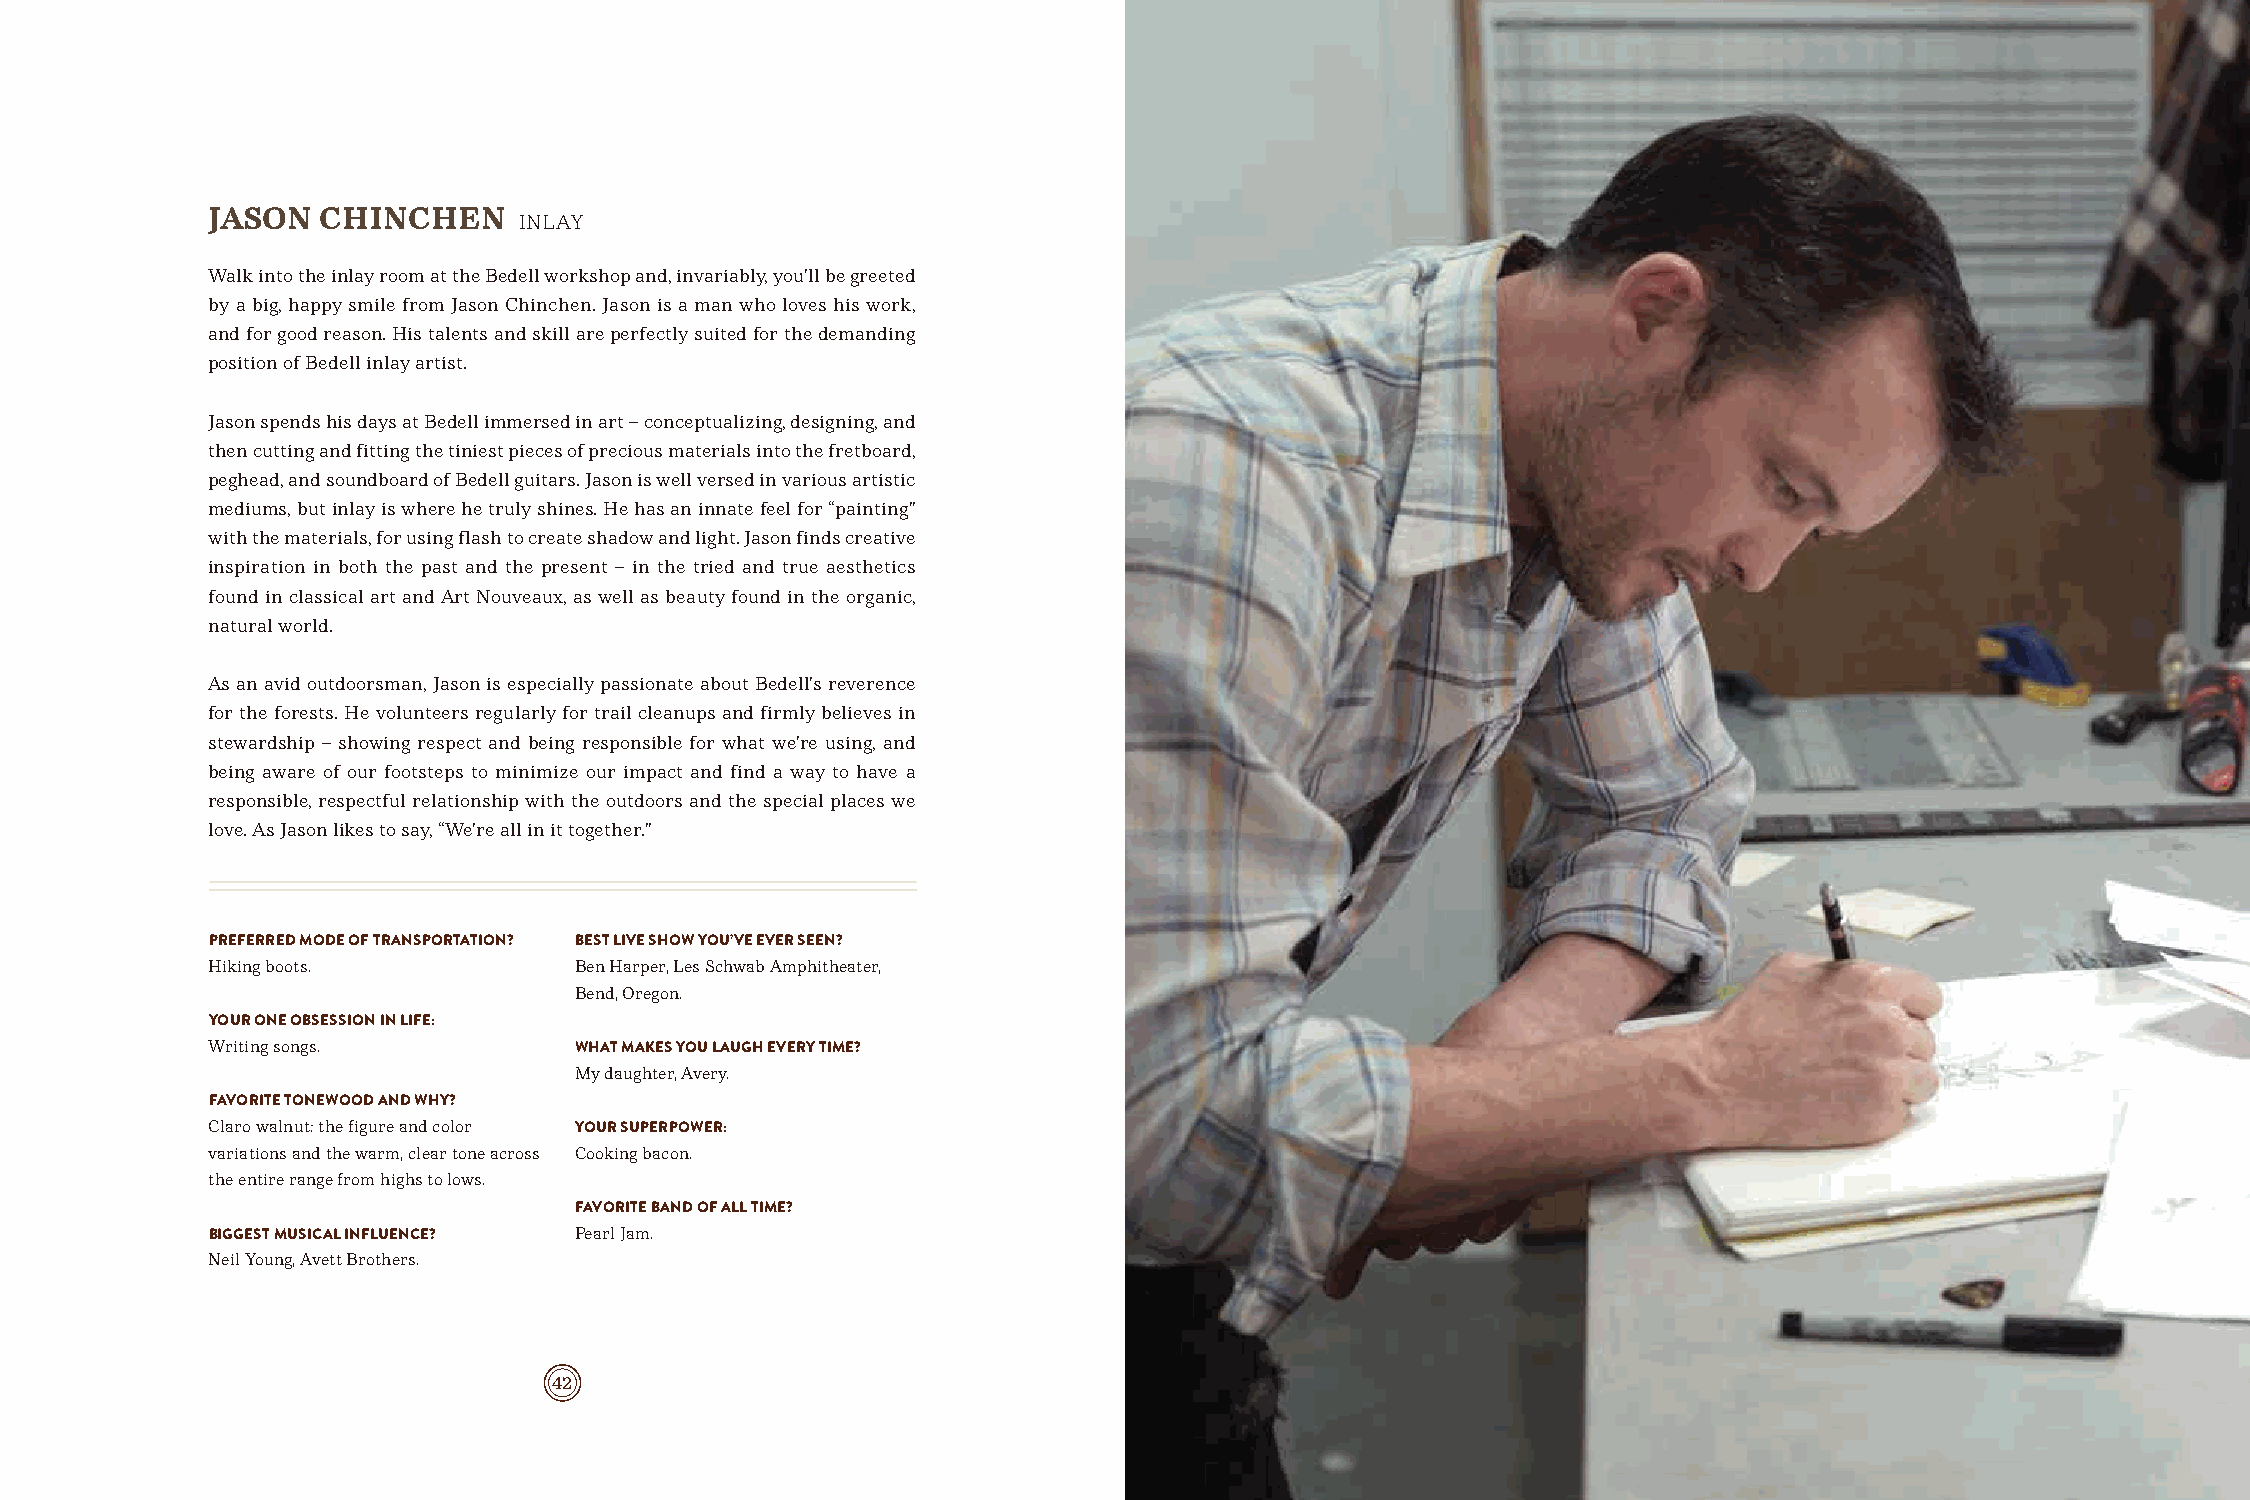
JASON  CHINCHEN
 INLAY
 Walk into the inlay room at the Bedell workshop and, invariably, you’ll be greeted
 by a big, happy smile from Jason Chinchen. Jason is a man who loves his work,
 and for good reason. His talents and skill are perfectly suited for the demanding
 position of Bedell inlay artist.
 Jason spends his days at Bedell immersed in art – conceptualizing, designing, and
 then cutting and fitting the tiniest pieces of precious materials into the fretboard,
 peghead, and soundboard of Bedell guitars. Jason is well versed in various artistic
 mediums, but inlay is where he truly shines. He has an innate feel for “painting”
 with the materials, for using flash to create shadow and light. Jason finds creative
 inspiration in both the past and the present – in the tried and true aesthetics
 found in classical art and Art Nouveaux, as well as beauty found in the organic,
 natural world.
 As an avid outdoorsman, Jason is especially passionate about Bedell’s reverence
 for the forests. He volunteers regularly for trail cleanups and firmly believes in
 stewardship – showing respect and being responsible for what we’re using, and
 being aware of our footsteps to minimize our impact and find a way to have a
 responsible, respectful relationship with the outdoors and the special places we
 love. As Jason likes to say, “We’re all in it together.”
 PREFERRED MODE OF TRANSPORTATION? BEST LIVE SHOW YOU’VE EVER SEEN?
 Hiking boots.           Ben Harper, Les Schwab Amphitheater,
 Bend, Oregon.
 YOUR ONE OBSESSION IN LIFE:
 Writing songs.          WHAT MAKES YOU LAUGH EVERY TIME?
 My daughter, Avery.
 FAVORITE TONEWOOD AND WHY?
 Claro walnut: the figure and color YOUR SUPERPOWER:
 variations and the warm, clear tone across Cooking bacon.
 the entire range from highs to lows.
 FAVORITE BAND OF ALL TIME?
 BIGGEST MUSICAL INFLUENCE? Pearl Jam.
 Neil Young, Avett Brothers.
 42                                                                        43